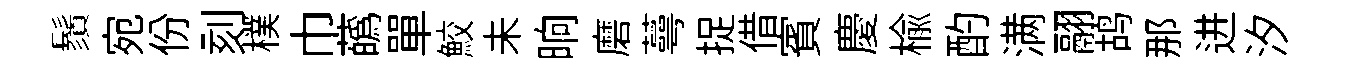
鬚宛份刻樸巾蘤單鮫未晌磨蕚捉借賓慶榆酌满翮鸪那进汐